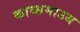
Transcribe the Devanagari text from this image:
काव्समाउथ